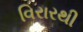
વિરારથી